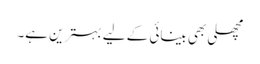
مچھلی بھی بینائی کے لیے بہترین ہے۔